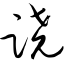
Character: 跷